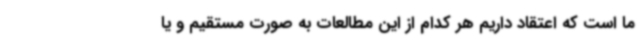
ما است که اعتقاد داریم هر کدام از این مطالعات به صورت مستقیم و یا